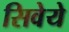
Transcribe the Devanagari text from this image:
सिवेये